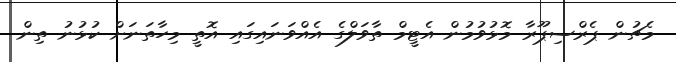
މެޗުން ޕެރްސިޕޫރާ މޮޅުވުމުން އެޓީމް ތާވަލްގެ އެއްވަނައިގައި އޮތީ މިހާތަނަށް ކުޅުނު ތިން